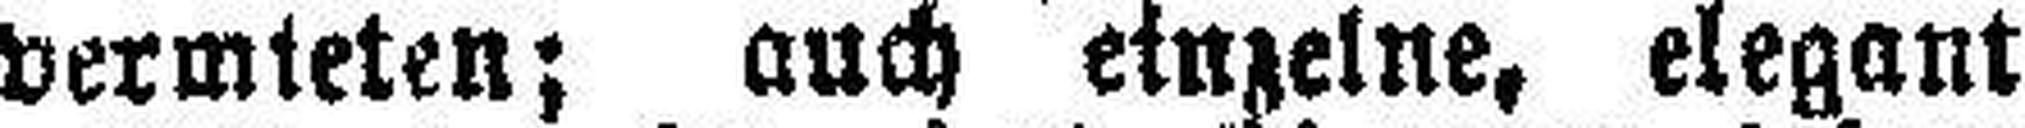
vermieten; auch einzelne, elegant